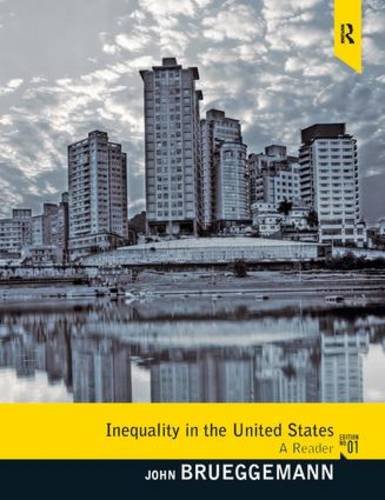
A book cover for Inequality in the United States: A Reader; John Brueggemann; Politics & Social Sciences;